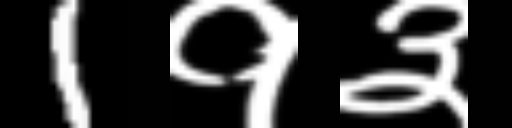
Text: 1१३